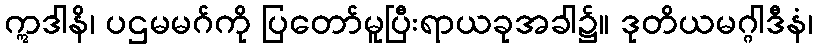
ဣဒါနိ၊ ပဌမမဂ်ကို ပြတော်မူပြီးရာယခုအခါ၌။ ဒုတိယမဂ္ဂါဒီနံ၊